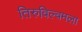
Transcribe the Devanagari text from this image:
तिरुविल्वमला